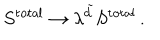
LaTeX: S ^ { \mathrm { t o t a l } } \rightarrow \lambda ^ { \tilde { d } } S ^ { \mathrm { t o t a l } } \, .